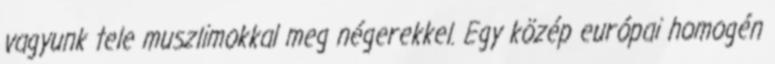
vagyunk tele muszlimokkal meg négerekkel. Egy közép európai homogén